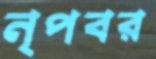
নৃপবর